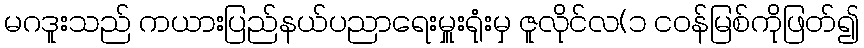
မဂဒူးသည် ကယားပြည်နယ်ပညာရေးမှူးရုံးမှ ဇူလိုင်လ(၁ ငဝန်မြစ်ကိုဖြတ်၍